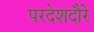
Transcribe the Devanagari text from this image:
परदेशदौरे